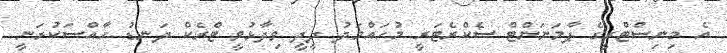
އެ މިނިސްޓްރީގެ ޕާމަނަންޓް ސެކްރެޓަރީ މުހައްމަދު ދީދީ ވިދާޅުވީ ޓްރެކް ދަނޑު ހާއްސަކުރަނީ